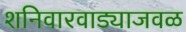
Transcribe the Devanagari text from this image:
शनिवारवाड्याजवळ